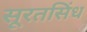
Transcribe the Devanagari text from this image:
सूरतसिंध